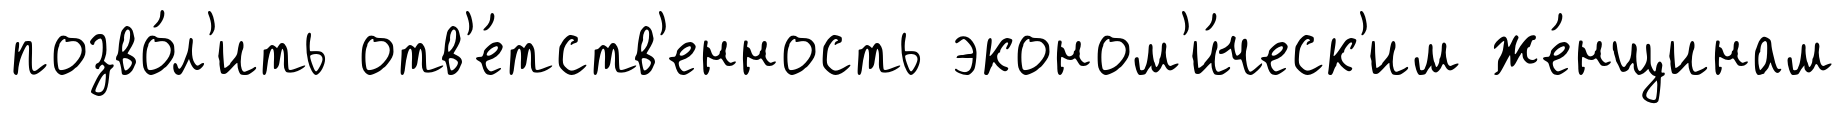
позво́л'ить отв'е́тств'енность эконом'и́ческ'им же́нщинам